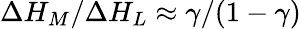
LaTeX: \Delta{H_{M}}/\Delta{H_{L}}\approx\gamma/(1-\gamma)